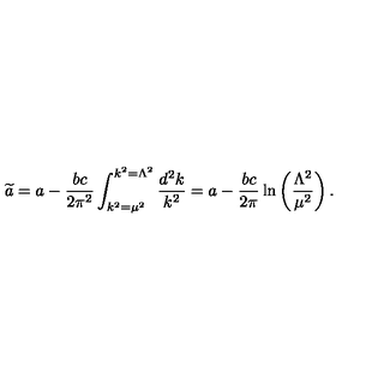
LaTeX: { \widetilde a } = a - { \frac { b c } { 2 \pi ^ { 2 } } } \int _ { k ^ { 2 } = \mu ^ { 2 } } ^ { k ^ { 2 } = \Lambda ^ { 2 } } { \frac { d ^ { 2 } k } { k ^ { 2 } } } = a - { \frac { b c } { 2 \pi } } \ln \left( { \frac { \Lambda ^ { 2 } } { \mu ^ { 2 } } } \right) .